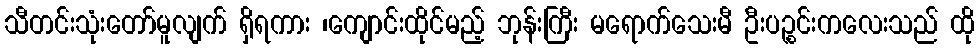
သီတင်းသုံးတော်မူလျက် ရှိရကား ၊ကျောင်းထိုင်မည့် ဘုန်းကြီး မရောက်သေးမီ ဦးပဉ္စင်းကလေးသည် ထို